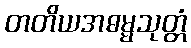
တတိယအဓမ္မသုတ္တံ